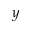
y